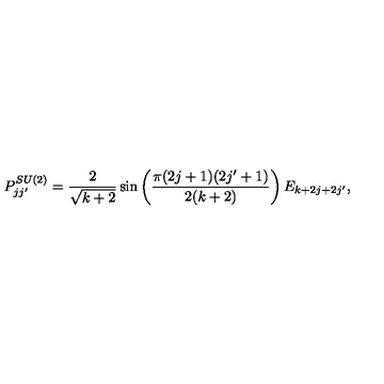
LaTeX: P _ { j j ^ { \prime } } ^ { S U ( 2 ) } = \frac { 2 } { \sqrt { k + 2 } } \sin \left( \frac { \pi ( 2 j + 1 ) ( 2 j ^ { \prime } + 1 ) } { 2 ( k + 2 ) } \right) E _ { k + 2 j + 2 j ^ { \prime } } ,